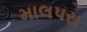
માલપરા